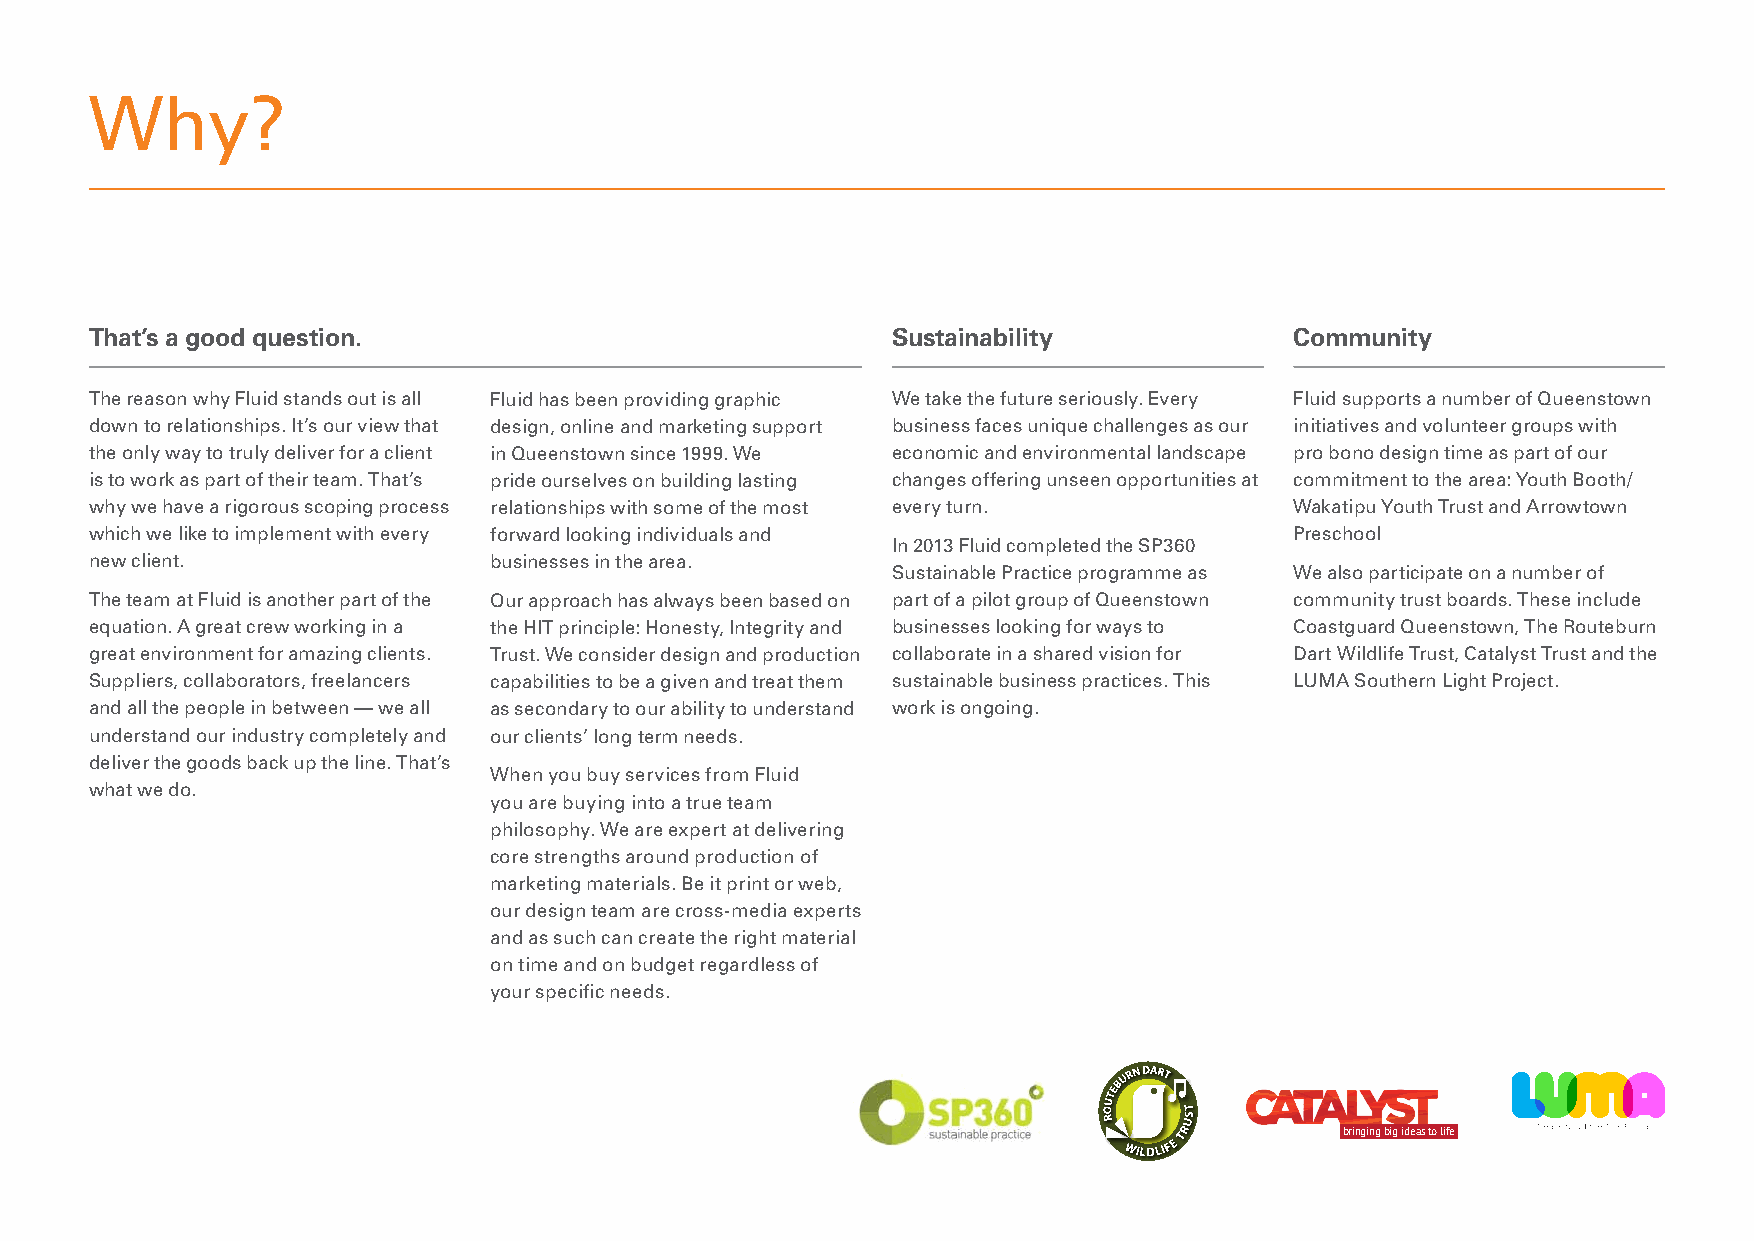
Why?
 That’s a good question.                              Sustainability             Community
 The reason why Fluid stands out is all Fluid has been providing graphic We take the future seriously. Every Fluid supports a number of Queenstown
 down to relationships. It’s our view that design, online and marketing support business faces unique challenges as our initiatives and volunteer groups with
 the only way to truly deliver for a client in Queenstown since 1999. We economic and environmental landscape pro bono design time as part of our
 is to work as part of their team. That’s pride ourselves on building lasting changes offering unseen opportunities at commitment to the area: Youth Booth/
 why we have a rigorous scoping process relationships with some of the most every turn. Wakatipu Youth Trust and Arrowtown
 which we like to implement with every forward looking individuals and           Preschool
 In 2013 Fluid completed the SP360
 new client.               businesses in the area.
 Sustainable Practice programme as We also participate on a number of
 The team at Fluid is another part of the Our approach has always been based on part of a pilot group of Queenstown community trust boards. These include
 equation. A great crew working in a the HIT principle: Honesty, Integrity and businesses looking for ways to Coastguard Queenstown, The Routeburn
 great environment for amazing clients. Trust. We consider design and production collaborate in a shared vision for Dart Wildlife Trust, Catalyst Trust and the
 Suppliers, collaborators, freelancers capabilities to be a given and treat them sustainable business practices. This LUMA Southern Light Project.
 and all the people in between — we all as secondary to our ability to understand work is ongoing.
 understand our industry completely and our clients’ long term needs.
 deliver the goods back up the line. That’s
 When you buy services from Fluid
 what we do.
 you are buying into a true team
 philosophy. We are expert at delivering
 core strengths around production of
 marketing materials. Be it print or web,
 our design team are cross-media experts
 and as such can create the right material
 on time and on budget regardless of                      bringing big ideas to life
 your specific needs.
 bringing big ideas to life